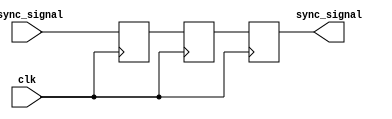
module dual_flip_flop_synchronizer (
    input wire clk,           // Receiving clock (slower clock domain)
    input wire async_signal,  // Asynchronous input signal from the faster clock domain
    output reg sync_signal    // Synchronized output signal
);

// Internal signals
reg ff1, ff2; // Intermediate flip-flop states

// First flip-flop: Sampling the asynchronous signal
always @(posedge clk) begin
    ff1 <= async_signal; // Capture the asynchronous signal on the rising edge of the clock
end

// Second flip-flop: Further synchronization
always @(posedge clk) begin
    ff2 <= ff1;          // Capture the output of the first flip-flop
    sync_signal <= ff2;  // Output the synchronized signal
end

endmodule